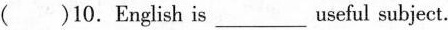
( )10.English is ___ useful subject.